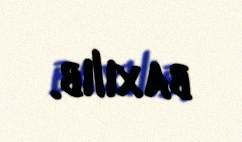
baxılıb.